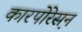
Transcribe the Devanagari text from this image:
कारपोरेस़न